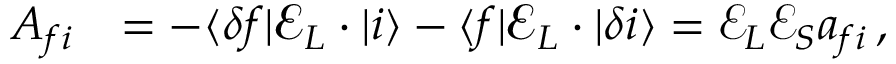
\begin{array} { r l } { A _ { f i } } & { = - \ensuremath { \langle \delta f | } \ensuremath { \boldsymbol { { \mathbfcal { E } } } } _ { L } \cdot { \v { D } } \ensuremath { | i \rangle } - \ensuremath { \langle f | } \ensuremath { \boldsymbol { { \mathbfcal { E } } } } _ { L } \cdot { \v { D } } \ensuremath { | \delta i \rangle } = { { \mathcal { E } } } _ { L } { { \mathcal { E } } } _ { S } a _ { f i } \, , } \end{array}